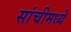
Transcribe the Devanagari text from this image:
सांचीमध्ये